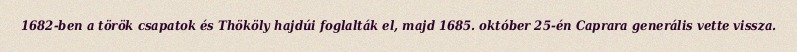
1682-ben a török csapatok és Thököly hajdúi foglalták el, majd 1685. október 25-én Caprara generális vette vissza.